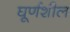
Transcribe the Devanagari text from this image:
घूर्णशील